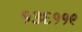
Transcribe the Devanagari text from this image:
१३६११९